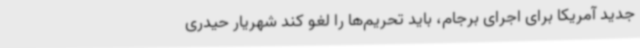
جدید آمریکا برای اجرای برجام، باید تحریم‌ها را لغو کند شهریار حیدری